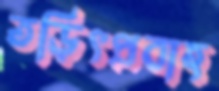
তড়িৎপ্রবাহ